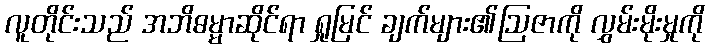
လူတိုင်းသည် အဘိဓမ္မာဆိုင်ရာ ရှုမြင် ချက်များ၏ဩဇာကို လွှမ်းမိုးမှုကို